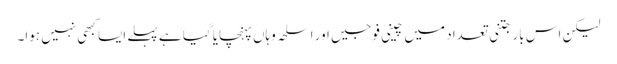
لیکن اس بار جتنی تعداد میں چینی فوجیں اور اسلحہ وہاں پہنچایا گیا ہے پہلے ایسا کبھی نہیں ہوا۔